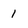
Character: I